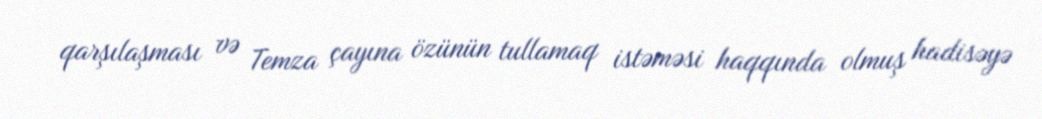
qarşılaşması və Temza çayına özünün tullamaq istəməsi haqqında olmuş hadisəyə